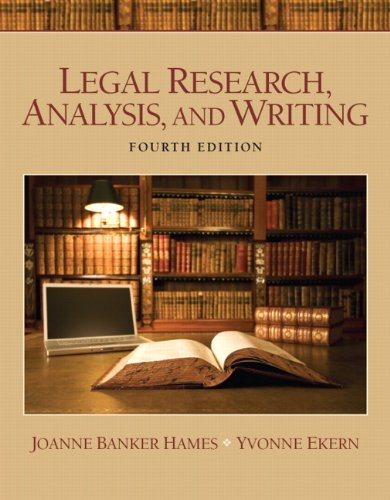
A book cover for Legal Research, Analysis, and Writing (4th Edition); Joanne B. Hames; Law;